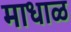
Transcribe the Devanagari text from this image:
माधाळ